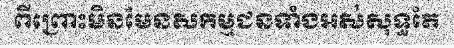
ពីព្រោះមិនមែនសកម្មជនទាំងអស់សុទ្ធតែ